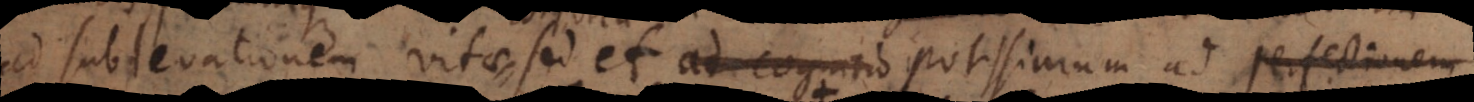
ad sublevationem vitae sed et ad cognitio potissimum ad per